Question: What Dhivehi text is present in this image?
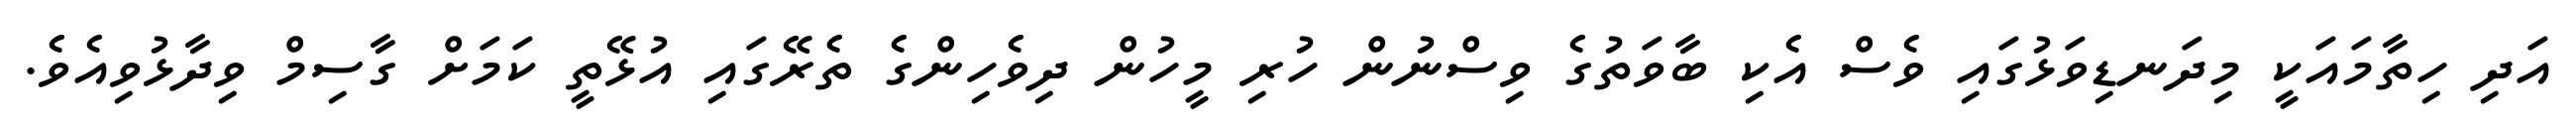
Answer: އަދި ހިތާމައަކީ މިދަނޑިވަޅުގައި ވެސް އެކި ބާވަތުގެ ވިސްނުން ހުރި މީހުން ދިވެހިންގެ ތެރޭގައި އުޅޭތީ ކަމަށް ގާސިމް ވިދާޅުވިއެވެ.